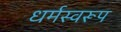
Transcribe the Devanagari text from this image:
धर्मस्वरूप